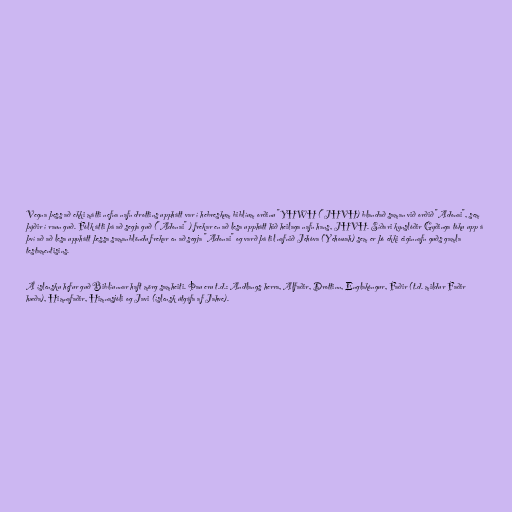
Vegna þess að ekki mátti nefna nafn drottins upphátt var í hebreskum biblíum orðinu "YHWH ("JHVH) blandað saman við orðið "Adonai", sem
þýðir í raun guð. Fólk átti þá að segja guð ("Adonai" ) frekar en að lesa upphátt hið heilaga nafn hans, JHVH. Síðari kynslóðir Gyðinga tóku upp á
því að að lesa upphátt þessa samanblöndu frekar en að segja "Adonai" og varð þá til nafnið Jehóva (Yehowah) sem er þó ekki eiginnafn guðs gamla
testamentisins.

Á íslensku hefur guð Biblíunnar haft mörg samheiti. Þau eru t.d.: Andlangs herra, Alfaðir, Drottinn, Englakóngur, Faðir (t.d. mildur Faðir
hæða), Himnafaðir, Himnasjóli og Javi (íslensk útgáfa af Jahve).